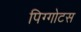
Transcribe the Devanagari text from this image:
पिग्गोटस